Plague in India, 1896, 1897 - Volume 3
Year: 1896
Disease focus: Plague
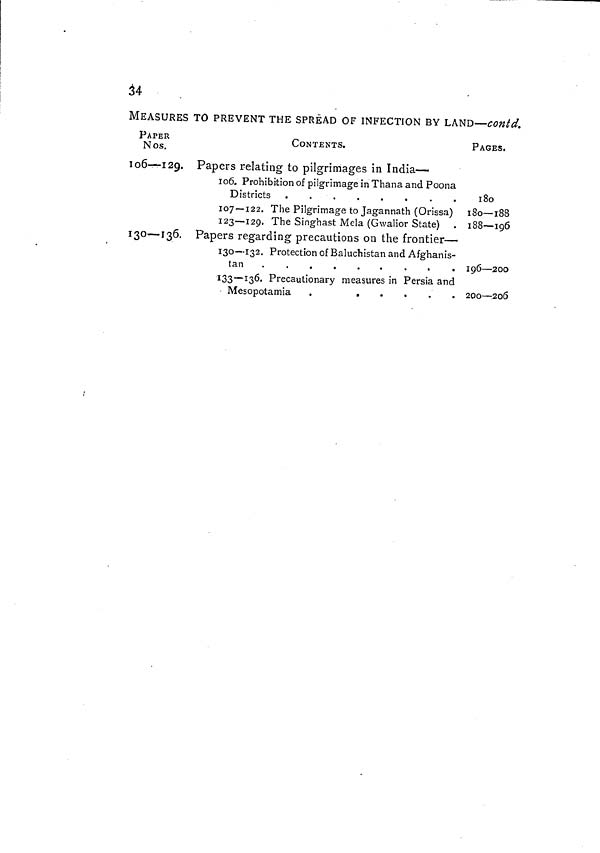
34
MEASURES TO PREVENT THE SPREAD OF INFECTION BY LAND—contd.
PAPER
Nos.
106—129.
130— 136.
CONTENTS.
Papers relating to pilgrimages in India—
106. Prohibition of pilgrimage in Thana and Poona
Districts
.
107 — 122. The Pilgrimage to Jagannath (Orissa)
123—129. The Singhast Mela (Gwalior State)
Papers regarding precautions on the frontier —
130—132. Protection of Baluchistan and Afghanis-
tan
133—136. Precautionary measures in Persia and
PAGES.
1 80
180 -1 88
188—196
196 — 200
200 — 206